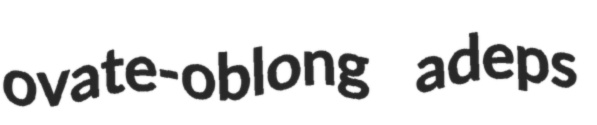
ovate-oblong adeps